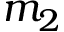
m _ { 2 }